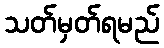
သတ်မှတ်ရမည်